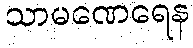
သာမဏေရေန